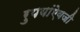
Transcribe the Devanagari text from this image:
रुपयांऐवजी